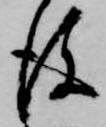
後